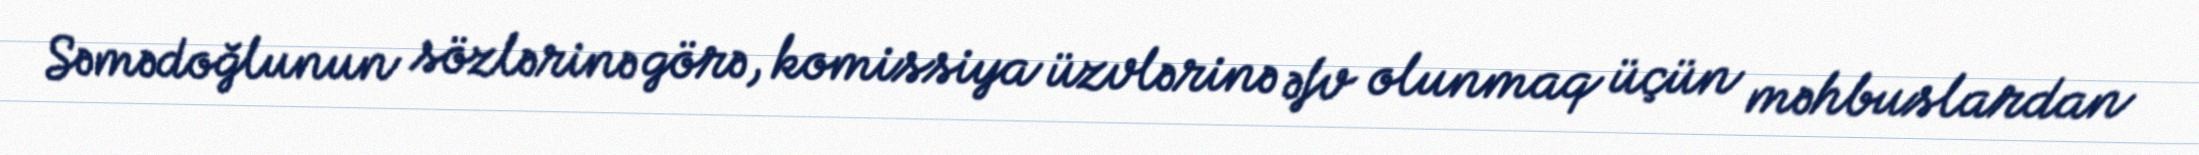
Səmədoğlunun sözlərinə görə, komissiya üzvlərinə əfv olunmaq üçün məhbuslardan